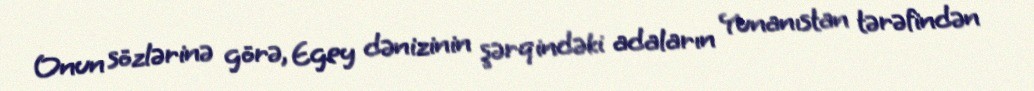
Onun sözlərinə görə, Egey dənizinin şərqindəki adaların Yunanıstan tərəfindən